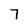
Character: 7